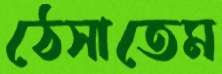
ঠেসাতেম